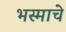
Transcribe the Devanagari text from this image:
भस्माचे